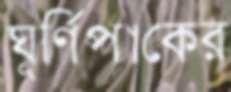
ঘূর্ণিপাকের